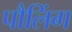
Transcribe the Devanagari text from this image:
पौलिंग